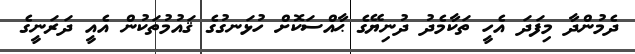
ދެމުންދާ މިފަދަ އެހީ ތަކާމެދު ދުނިޔޭގެ ޙާއްސަކޮޮށް ހުޅަނގުގެ ޤައުމުތަކުން އެއީ ދަރަނީގެ